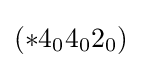
(*4_{0}4_{0}2_{0})